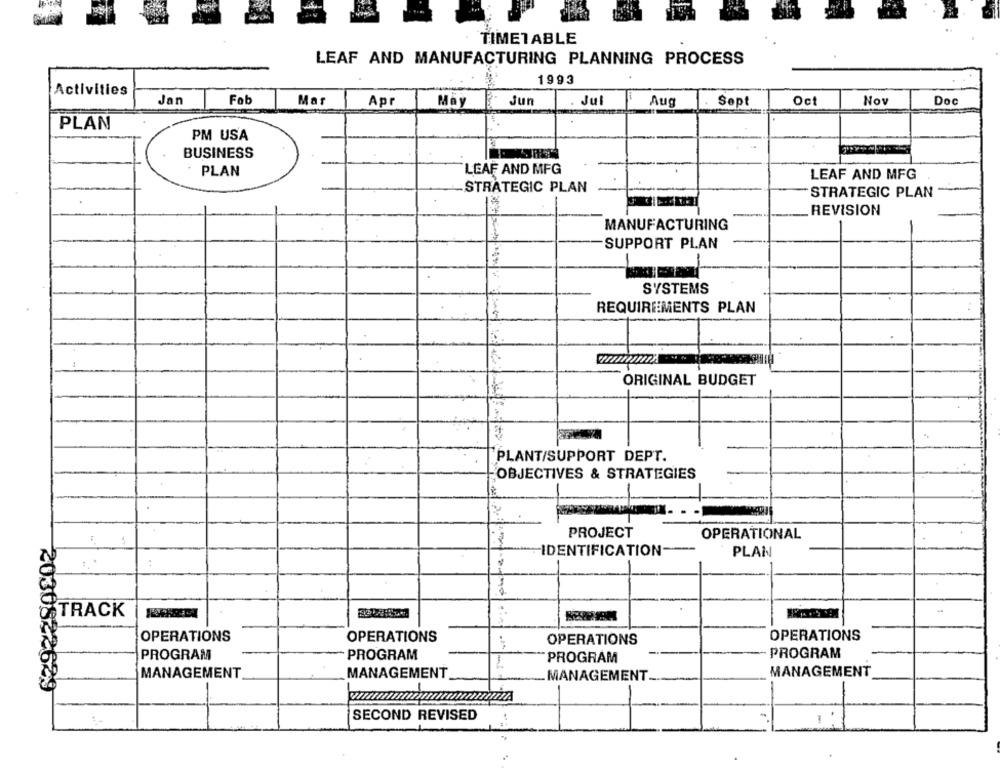
TIMETABLE
LEAF AND MANUFACTURING PLANNING PROCESS
1993
Activities
Fob
Mar
Jun
Jul
Doc
Jan
Apr
May
Aug
Sept
Oct
Nov
PLAN
PM USA
BUSINESS
LEAF AND MFG
PLAN
LEAF AND MFG
-STRATEGIC PLAN
STRATEGIC PLAN
REVISION
MANUFACTURING
SUPPORT PLAN
-
SYSTEMS
REQUIREMENTS PLAN
ORIGINAL BUDGET
`PLANT/SUPPORT DEPT.
OBJECTIVES & STRATEGIES
PROJECT
OPERATIONAL
IDENTIFICATION-
PLAN
.
TRACK
OPERATIONS
OPERATIONS
OPERATIONS
OPERATIONS
PROGRAM
PROGRAM
PROGRAM
PROGRAM
MANAGEMENT
MANAGEMENT
MANAGEMENT __
MANAGEMENT
2030842649
SECOND REVISED